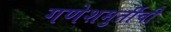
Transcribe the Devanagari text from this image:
गणेशमुर्तीची